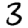
Digit: 3